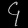
Digit: ၄